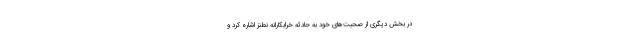
در بخش دیگری از صحبت‌های خود به حادثه خرابکارانه نطنز اشاره کرد و